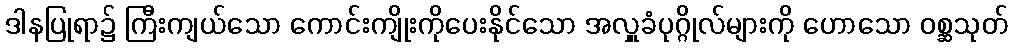
ဒါနပြုရာ၌ ကြီးကျယ်သော ကောင်းကျိုးကိုပေးနိုင်သော အလှူခံပုဂ္ဂိုလ်များကို ဟောသော ဝစ္ဆသုတ်